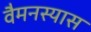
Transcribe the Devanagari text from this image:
वैमनस्यास